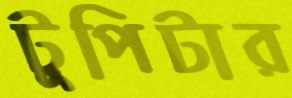
টুপিটার